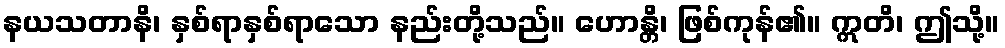
နယသတာနိ၊ နှစ်ရာနှစ်ရာသော နည်းတို့သည်။ ဟောန္တိ၊ ဖြစ်ကုန်၏။ ဣတိ၊ ဤသို့။